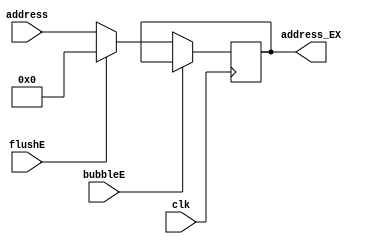
`timescale 1ns / 1ps
//////////////////////////////////////////////////////////////////////////////////
// Company: USTC ESLAB
// 
// Design Name: RV32I Core
// Module Name: BR Target Seg Reg
// Tool Versions: Vivado 2017.4.1
// Description: Jal\Branch Target Seg Reg for ID\EX
// 
//////////////////////////////////////////////////////////////////////////////////


//  
    // Jal\Branch
    // JalIDNPC_Generator
    // BranchIDNPC_Generator
// 
    // clk               
    // address           (JalBranch)
    // bubbleE           EXbubble
    // flushE            EXflush
// 
    // address_EX        (Branch)
//   
    // 


module BR_Target_EX(
    input wire clk, bubbleE, flushE,
    input wire [31:0] address,
    output reg [31:0] address_EX
    );

    initial address_EX = 0;
    
    always@(posedge clk)
        if (!bubbleE) 
        begin
            if (flushE)
                address_EX <= 0;
            else 
                address_EX <= address;
        end
    
endmodule